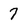
Character: 7